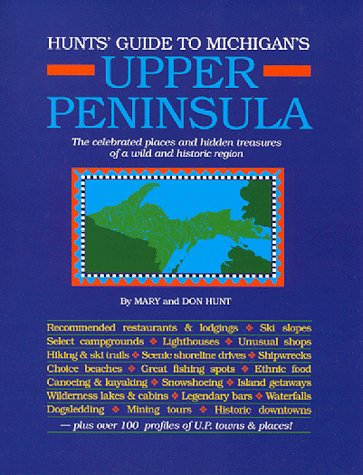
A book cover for Hunts Guide to Michigan's Upper Peninsula; Mary Hoffmann Hunt; Travel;